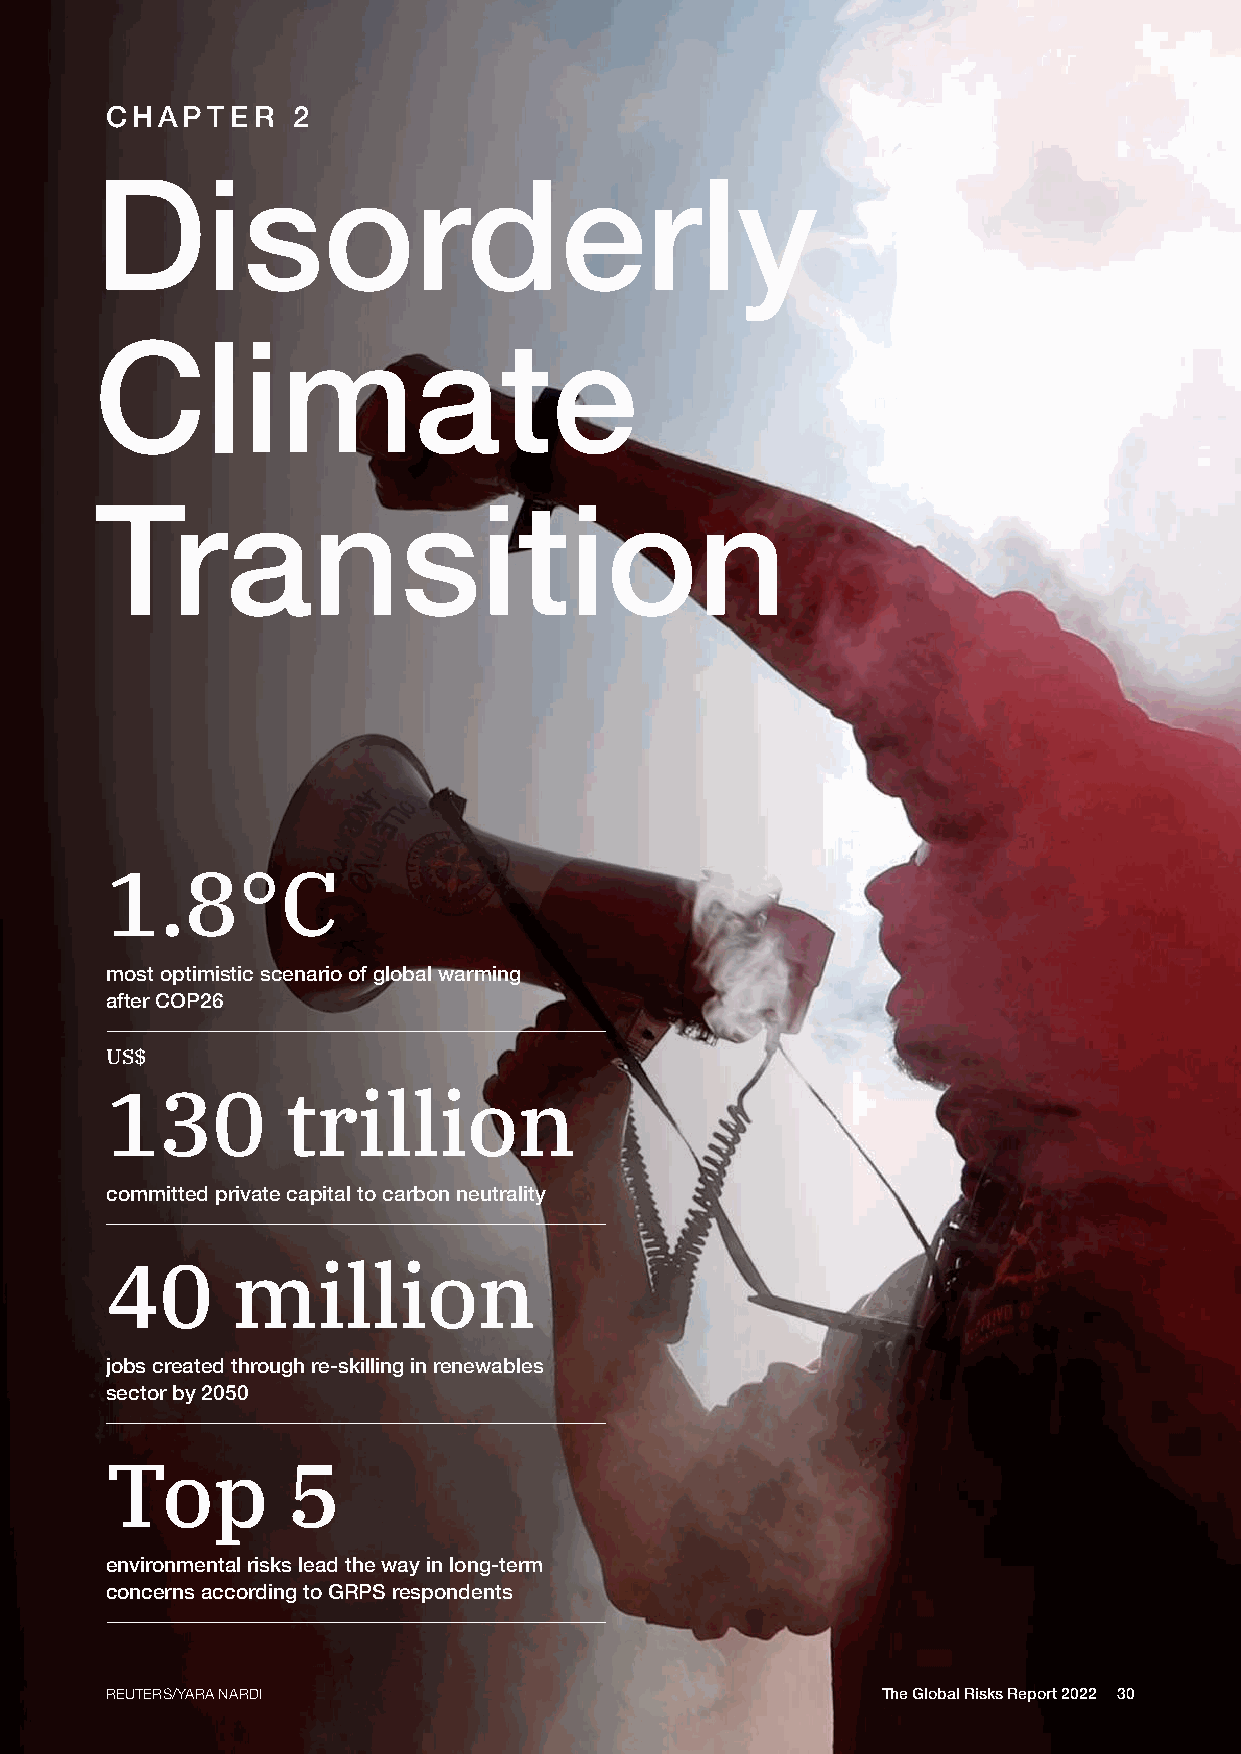
CHAPTER     2
 Disorderly
 Climate
 Transition
 1.8°C
 most optimistic scenario of global warming
 after COP26
 US$
 130         trillion
 committed private capital to carbon neutrality
 40      million
 jobs created through re-skilling in renewables
 sector by 2050
 Top         5
 environmental risks lead the way in long-term
 concerns according to GRPS respondents
 REUTERS/YARA NARDI                                 The Global Risks Report 2022 30